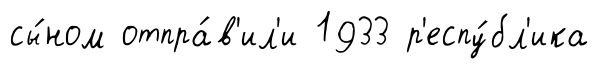
сы́ном отпра́в'ил'и 1933 р'еспу́бл'ика